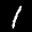
Label: 1